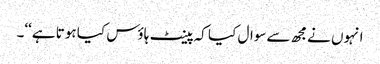
انہوں نےمجھ سےسوال کیا کہ پینٹ ہاؤس کیا ہوتا ہے‘‘۔